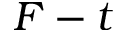
F - t